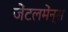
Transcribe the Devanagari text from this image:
जेंटलमेंन्स